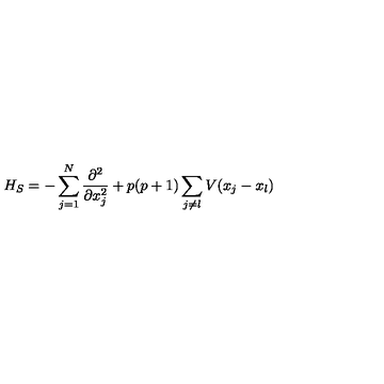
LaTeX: H _ { S } = - \sum _ { j = 1 } ^ { N } { \frac { \partial ^ { 2 } } { \partial x _ { j } ^ { 2 } } } + p ( p + 1 ) \sum _ { j \neq l } V ( x _ { j } - x _ { l } )